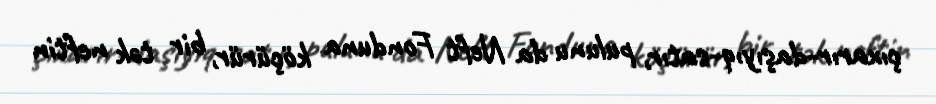
çıxarır-daşıyıq-satır, pulunu da Neft Fonduna köçürür, bir tək neftin